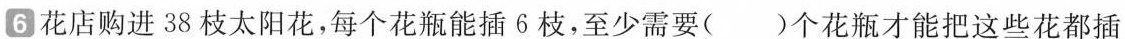
6花店购进38枝太阳花，每个花瓶能插6枝，至少需要( )个花瓶才能把这些花都插